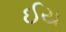
ઈય